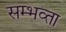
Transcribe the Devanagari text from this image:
सम्भव्ता